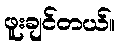
ဖူးချင်တယ်။